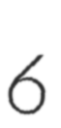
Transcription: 6